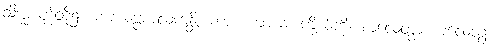
သိက္ခာပုဒ်တို့၌။ ကာယပ္ပစာလကန္တိ၊ ကား။ ကာယံ၊ ကိုယ်ကို။ စာလေတွာ စာလေတွာ၊